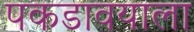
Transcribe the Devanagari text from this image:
पकडावयाला